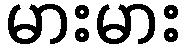
မားမား